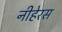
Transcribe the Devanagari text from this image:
नीहेरस